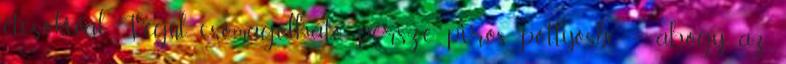
étcsokival. Végül csomagolható, persze piros pöttyösbe – ahogy az